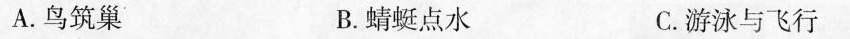
A.鸟筑巢 B.蜻蜓点水 C.游泳与飞行